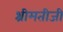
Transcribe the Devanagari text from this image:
श्रीमतीजी